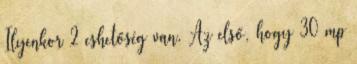
Ilyenkor 2 eshetőség van. Az első, hogy 30 mp